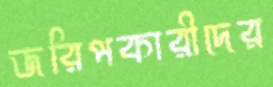
জরিপকারীদের